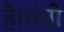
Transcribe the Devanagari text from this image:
है।रांची